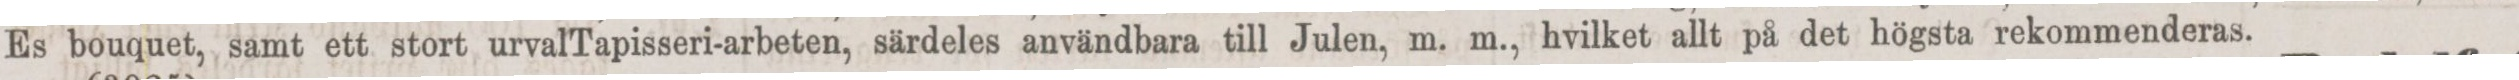
Es bouquet, samt ett stort urvalTapisseri-arbeten, särdeles användbara till Julen, m. m., hvilket allt på det högsta rekommenderas.